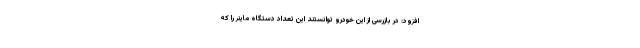
افزود: در بازرسی از این خودرو توانستند این تعداد دستگاه ماینر را که